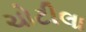
ચોટીલા